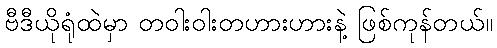
ဗီဒီယိုရုံထဲမှာ တဝါးဝါးတဟားဟားနဲ့ ဖြစ်ကုန်တယ်။